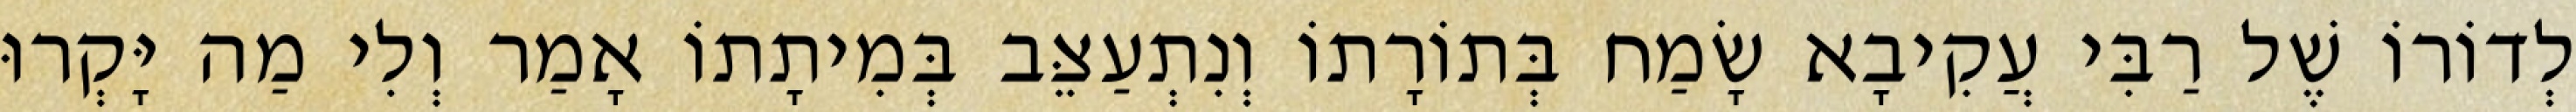
לְדוֹרוֹ שֶׁל רַבִּי עֲקִיבָא שָׂמַח בְּתוֹרָתוֹ וְנִתְעַצֵּב בְּמִיתָתוֹ אָמַר וְלִי מַה יָּקְרוּ